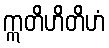
ဣတိဟိတိဟံ